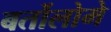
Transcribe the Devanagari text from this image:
बर्तोलोमे